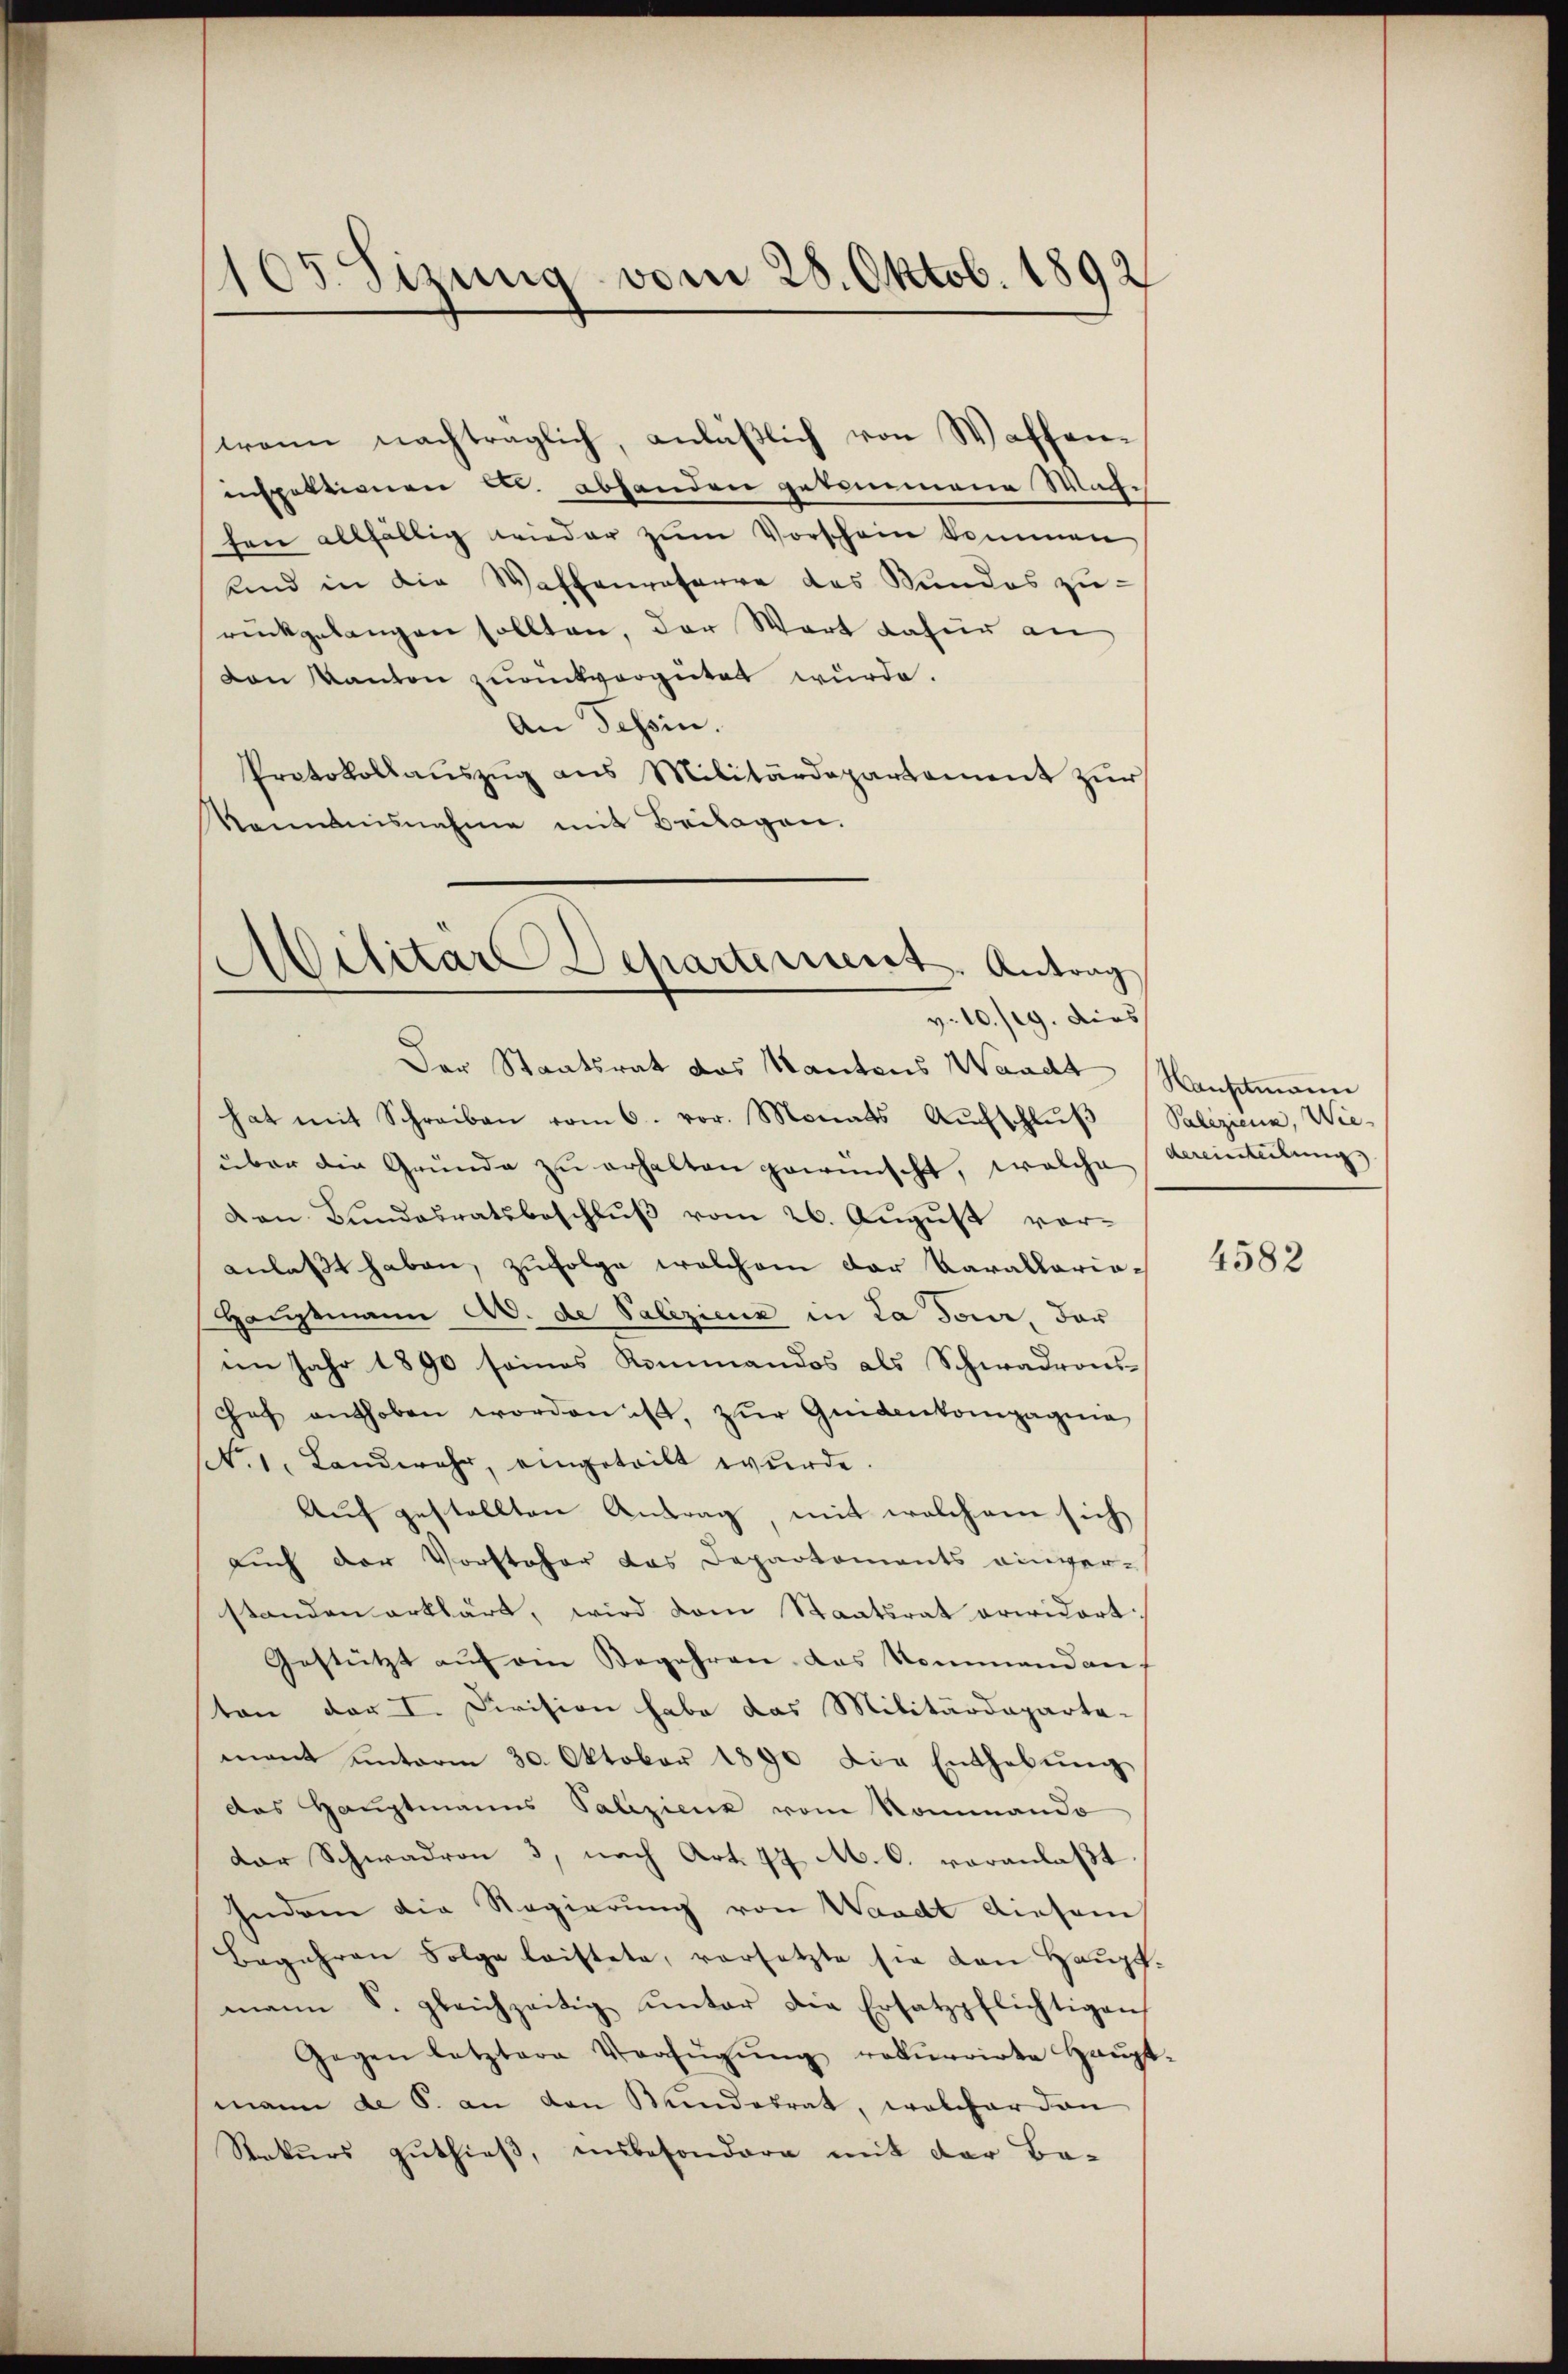
165. Sizung vom 28. Oktob. 1892

trann nachträglich, anläßlich von Waffeninspektionen c. abhanden gekommene Machfen allfällig Frieder zum Vorschein kommen
und in die Waffenraterre des Stundes zŭ-
rückgelangen sollten, der Wort dafür an
ven Kanton zurückvergütet wurde.
An Tessin.
Protokollauszug aus Militärdepartement zur
Der Staatsrat das Kantons Waadt
hat mit Schreiben vom 6. vor. Monats Aufschluß
über die Gründe zu erhalten gewünscht, welche dereinteilung
Den Bundesratsbeschluß vom 26. August vor-
anlaßt haben, zufolge welchem der Carallaria-
Hauptmann a. de Palizienz in La don, der
im Jahr 1890 seines Kommandos als Schwadrons-
hef enthoben worden ist, zŭr Quidenkompagnie
NNo. 1. Landwehr, eingeteilt wŭrde.
Auf gestellten Antrag, mit welchem sich
auch der Vorsteher das Departements einver-
standen erklärt, wird dem Staatsrat erwidert.
Gestützt aŭf ein Begehren das Kommandan-
ten der I. Division habe das Militärdeparta-
mant ŭnterm 30. Oktober 1890 die Enthebŭng
das Hauptmanns Palizienz vom Nommando
dar Schwadron 3, nach Art. 77 M. C. veranlaßt.
Indem die Regierung von Waadt diesem
Begehren Folge leistete, versetzte sie von Haŭpt.
mann S. gleichzeitig ŭnter die Ersatzpflichtigen
Gegen letztere Verfŭgŭng rekurrirte Haŭpt
mann de 6. an den Mindesrat, welcher dan
Rekurs guthieß, insbesondere mit der Be-

Rannamisnahme mit Beilagen.
ilitar Departement. Antrag
v. 10./9. dies

Kanstmann
Paliziena, Wie

4582